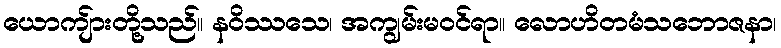
ယောကျ်ားတို့သည်။ နဝိဿသေ၊ အကျွမ်းမဝင်ရာ။ လောဟိတမံသဘောဇနာ၊